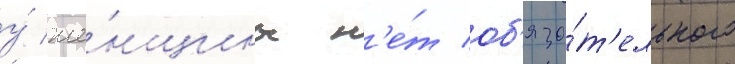
у́ же́нщины н'е́т об'яза́т'ельного